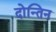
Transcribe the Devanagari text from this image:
दोन्तिन